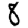
Digit: 8